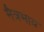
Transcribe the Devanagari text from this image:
मैत्रभाव